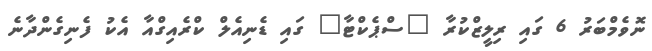
ނޮވެމްބަރު 6 ގައި ރިލީޒްކުރާ "ސްޕެކްޓާ" ގައި ޑެނިއެލް ކްރެއިގްއާ އެކު ފެނިގެންދާނެ